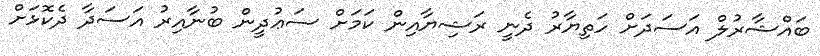
ބައްޝާރުލް އަސަދަށް ހަތިޔާރު ދެނީ ރަޝިޔާއިން ކަމަށް ސަޢުދީން ބުނާއިރު އަސަދާ ދެކޮޅަށް